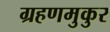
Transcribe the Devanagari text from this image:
ग्रहणमुकुर